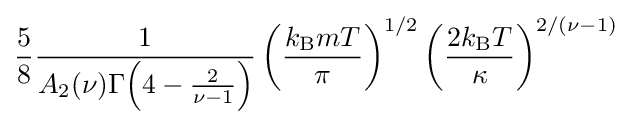
{\frac {5}{8}}{\frac {1}{A_{2}(\nu )\Gamma {\left(4-{\frac {2}{\nu -1}}\right)}}}\left({\frac {k_{\text{B}}mT}{\pi }}\right)^{1/2}\left({\frac {2k_{\text{B}}T}{\kappa }}\right)^{2/(\nu -1)}